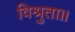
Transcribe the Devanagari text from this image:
विश्रुता॥